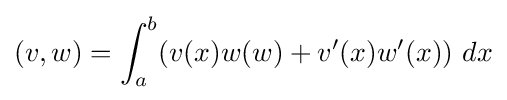
(v,w)=\int _{a}^{b}\!\left(v(x)w(w)+v'(x)w'(x)\right)\,dx